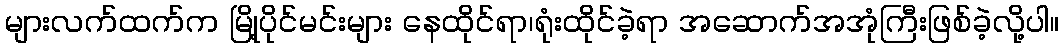
များလက်ထက်က မြို့ပိုင်မင်းများ နေထိုင်ရာ၊ရုံးထိုင်ခဲ့ရာ အဆောက်အအုံကြီးဖြစ်ခဲ့လို့ပါ။